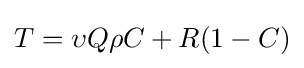
T=\upsilon Q\rho C+R(1-C)